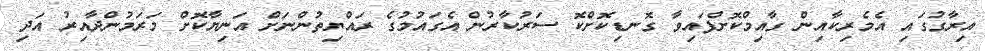
އިރާގުގައި އެމެރިކާއިން ގާއިމްކޮށްފައިވާ ގޮނޑިކޮށްކޮ ސަރުކާރުން އެގައުމުގެ ރައްޔިތުންނަށް އަނިޔާކޮށް މަރަމުންދާއިރު އަދި